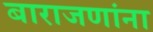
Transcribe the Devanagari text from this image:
बाराजणांना